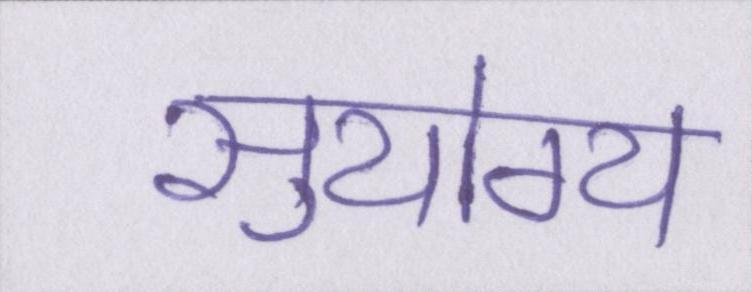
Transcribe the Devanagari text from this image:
सुयोग्य